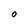
Character: O